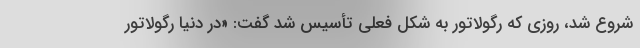
شروع شد، روزی که رگولاتور به شکل فعلی تأسیس شد گفت: «در دنیا رگولاتور